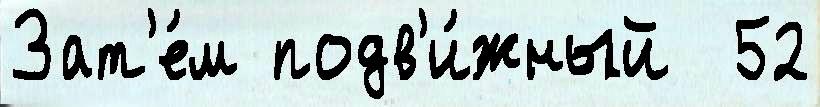
Зат'е́м подв'и́жный  52